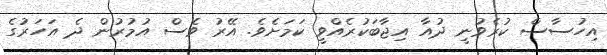
އިހުސާސް ކުރެވުނީ ދުއާ އިޖާބަކުރެއްވީ ކަމަށެވެ. އޭރު ވެސް އުމުރުން ދެ އަހަރުގެ